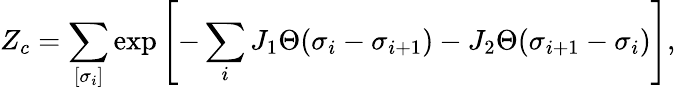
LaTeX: Z_{c}=\sum_{[\sigma_{i}]}\exp\left[-\sum_{i}J_{1}\Theta(\sigma_{i}-\sigma_{i+1})-J_{2}\Theta(\sigma_{i+1}-\sigma_{i})\right],